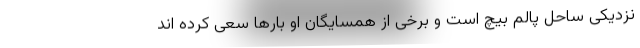
نزدیکی ساحل پالم بیچ است و برخی از همسایگان او بارها سعی کرده اند